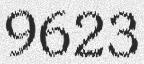
9623